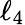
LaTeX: \ell_{4}